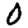
Digit: 0